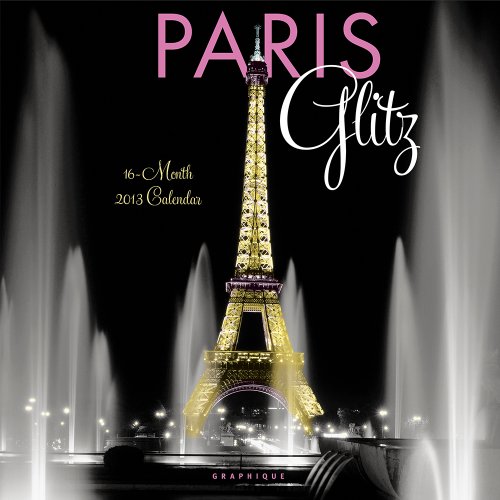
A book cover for Paris Glitz 2013 Calendar; Calendars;